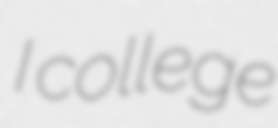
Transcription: I college